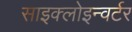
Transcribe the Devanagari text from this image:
साइक्लोइन्वर्टर